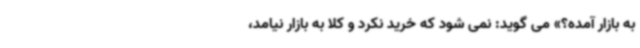
به بازار آمده؟» می گوید: نمی شود که خرید نکرد و کلا به بازار نیامد،